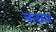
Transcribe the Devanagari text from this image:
बतात